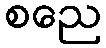
စညေ